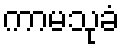
ကာမသုခံ